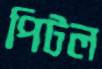
পিটল